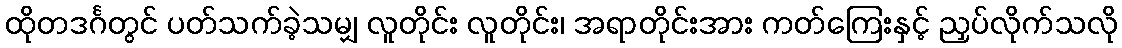
ထိုတဒင်္ဂတွင် ပတ်သက်ခဲ့သမျှ လူတိုင်း လူတိုင်း၊ အရာတိုင်းအား ကတ်ကြေးနှင့် ညှပ်လိုက်သလို